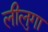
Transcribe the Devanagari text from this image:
लीलुगा